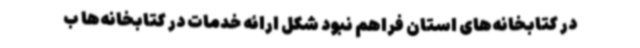
در کتابخانه‌های استان فراهم نبود شکل ارائه خدمات در کتابخانه‌ها ب